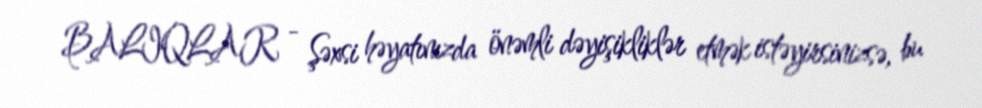
BALIQLAR - Şəxsi həyatınızda önəmli dəyişikliklər etmək istəyirsinizsə, bu